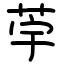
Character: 荢